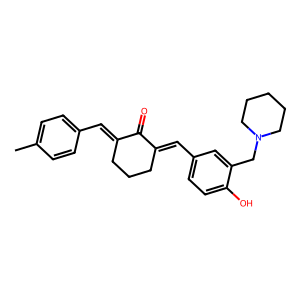
SMILES: Cc1ccc(C=C2CCCC(=Cc3ccc(O)c(CN4CCCCC4)c3)C2=O)cc1
Inhibits HIV replication: No